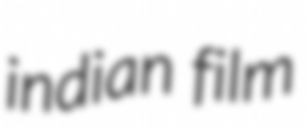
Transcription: indian film